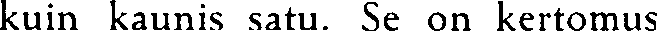
kuin kaunis satu. Se on kertomus